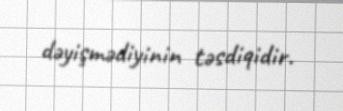
dəyişmədiyinin təsdiqidir.